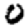
Digit: 0